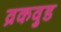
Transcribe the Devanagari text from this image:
व्रकवुड